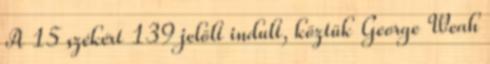
A 15 székért 139 jelölt indult, köztük George Weah